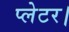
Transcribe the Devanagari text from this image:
प्लेटर।